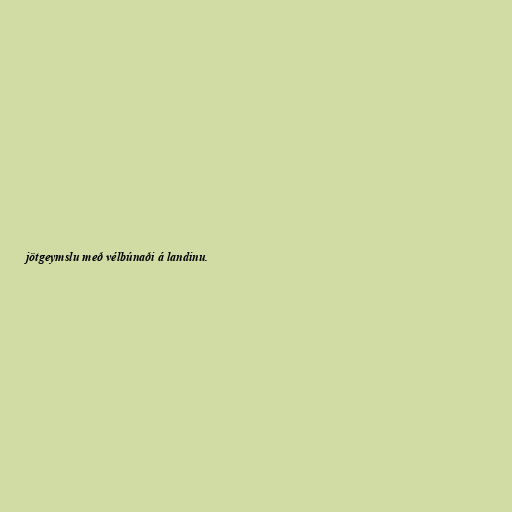
jötgeymslu með vélbúnaði á landinu.